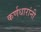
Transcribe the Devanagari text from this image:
कर्णधारांनी